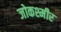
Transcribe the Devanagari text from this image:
जोकश्मीर